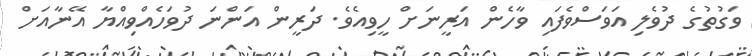
ވަގުތުގެ ދުވެލި އަވަސްވެފައި ވާހެން އަރީނަށް ހީވިއެވެ. ދަރީން އަންނަ ދުވަހެއްވިއްޔާ އޭނާއަށް